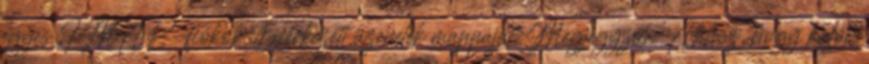
egyes IMAP-fiókok Beérkezett üzenetek mappáját. Megjegyzés: Ahhoz, hogy külön